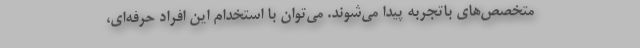
متخصص‌های باتجربه پیدا می‌شوند. می‌توان با استخدام این افراد حرفه‌ای،